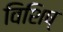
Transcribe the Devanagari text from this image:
विशिष्